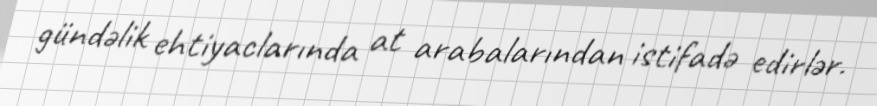
gündəlik ehtiyaclarında at arabalarından istifadə edirlər.